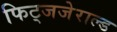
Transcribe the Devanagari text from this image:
फिट्जजेराल्ड